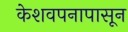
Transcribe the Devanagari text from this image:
केशवपनापासून